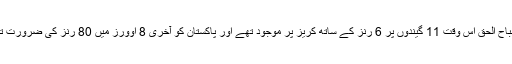
مصباح الحق اس وقت 11 گیندوں پر 6 رنز کے ساتھ کریز پر موجود تھے اور پاکستان کو آخری 8 اوورز میں 80 رنز کی ضرورت تھی۔